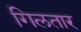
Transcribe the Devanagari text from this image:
गिलतार